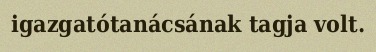
igazgatótanácsának tagja volt.